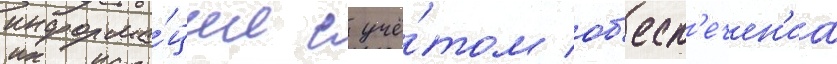
информа́ции с учё́том об'есп'ечен'иа